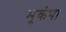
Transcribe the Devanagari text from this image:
भूकंपा